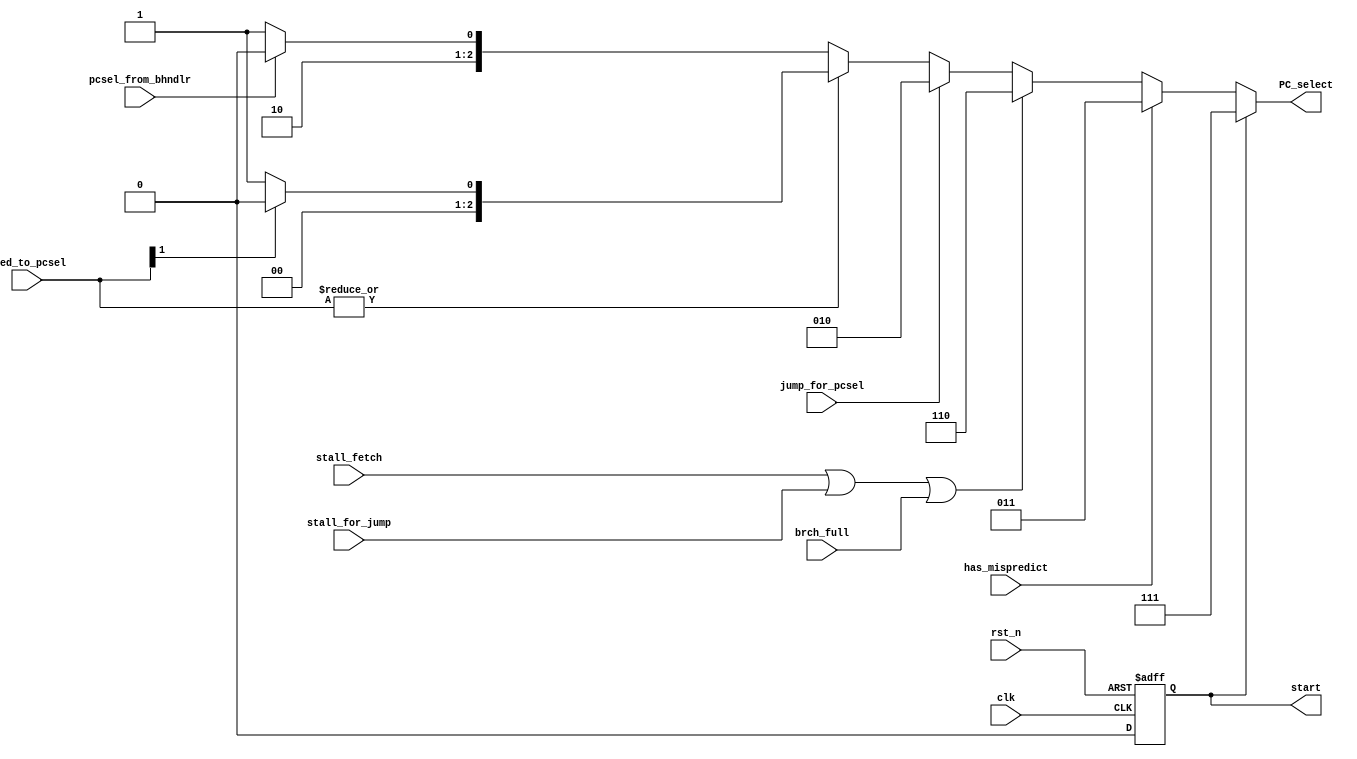
`timescale 1ns / 1ps
//////////////////////////////////////////////////////////////////////////////////
// Company: 
// Engineer: 
// 
// Design Name: 
// Module Name:    nextPCSel 
// Project Name: 
// Target Devices: 
// Tool versions: 
// Description: 
//
// Dependencies: 
//
// Revision: 
// Revision 0.01 - File Created
// Additional Comments: 
//
//////////////////////////////////////////////////////////////////////////////////
module nextPCSel(
    input 	     clk,
    input 	     rst_n,
    input 	     stall_fetch,
    input 	     has_mispredict,
    input [1:0]      pred_to_pcsel,
    input 	     jump_for_pcsel,
    input 	     pcsel_from_bhndlr,
    input 	     stall_for_jump,
    input            brch_full,	     
   // input loop_start,
    output reg [2:0] PC_select,
    output   reg      start
);

wire stall;
assign stall=(stall_fetch==1) || (stall_for_jump==1);


   //add start signal so that only when rst is done, can the instructions 
   //be read from imemory and send to the next stages
   always@(posedge clk or negedge rst_n)
	if(!rst_n)
		start<=1'b1;
   else
     start<=1'b0;

   always @(*)begin
      if(start==1'b1)
        PC_select=3'd7;
      else if(has_mispredict==1)
        PC_select=3'd3;//pc_recovery
      else if(stall==1'b1 || brch_full == 1'b1)
        PC_select=3'd6;
      else if(jump_for_pcsel==1)
        PC_select=3'd2;
      else if(|pred_to_pcsel==1)
        begin
           if(pred_to_pcsel[1]==1)
             PC_select=3'd0;
           else
             PC_select=3'd1;
        end
      else if(pcsel_from_bhndlr==1)//if more than two branches, third got flushed
        PC_select=3'd4;//pc_new=pc_bhndlr;
      else 
        PC_select=3'd5;
   end

endmodule